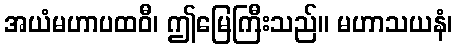
အယံမဟာပထဝီ၊ ဤမြေကြီးသည်။ မဟာသယနံ၊